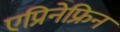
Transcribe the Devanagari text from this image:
एप्रिनेफ्रिन